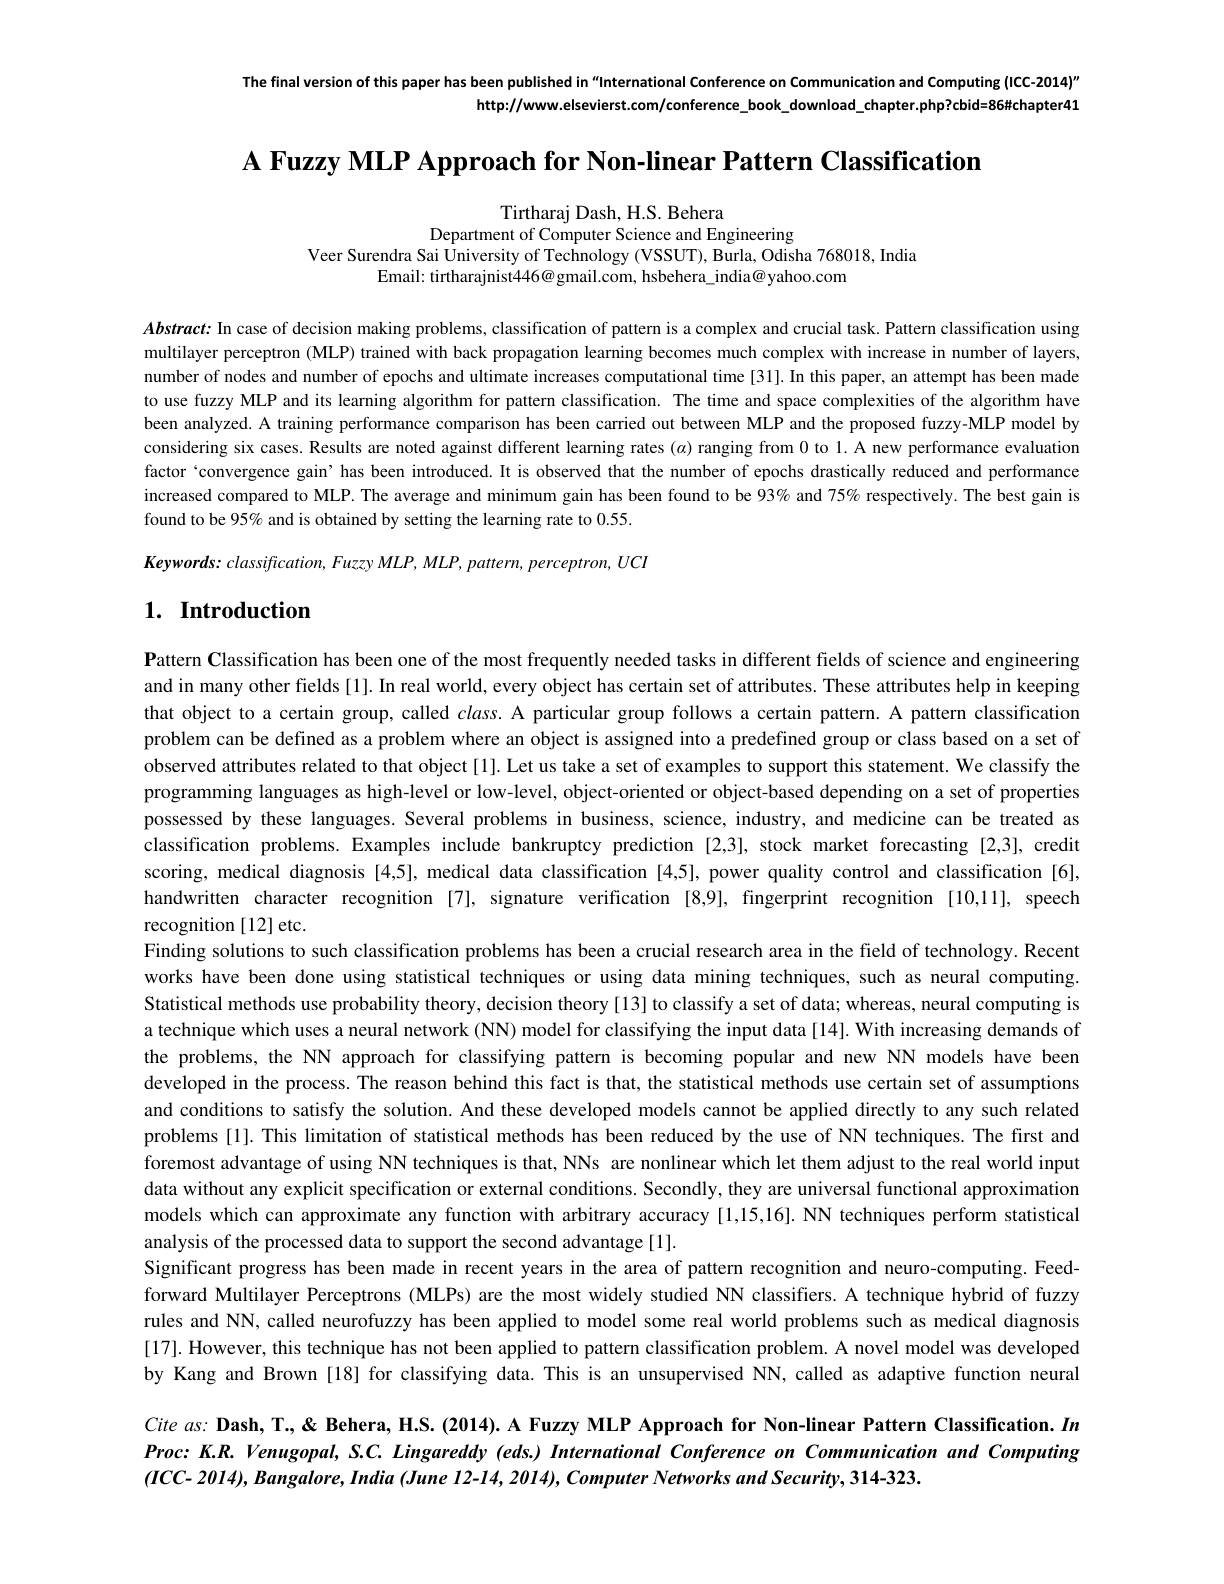
The final version of this paper has been published in"International Conference on Communication and Computing (ICC-2014)"
$http://wwww.elsevierst.com/conference_book_download_chapter.php?cbid=86\#chapter41$

A Fuzzy MLP Approach for Non-linear Pattern Classification

Tirtharaj Dash, H.S. Behera
Department of Computer Science and Engineering

Veer Surendra Sai University of Technology (VSSUT), Burla, Odisha 768018, India
Email: tirtharajnist446@gmail.com, hsbehera\_india@yahoo.com

$Abstract:$ In case of decision making problems, classification of pattern is a complex and crucial task. Pattern classification using multilayer perceptron (MLP) trained with back propagation learning becomes much complex with increase in number of layers, number of nodes and number of epochs and ultimate increases computational time [31]. In this paper, an attempt has been mader of nodes ander of epochs and ultimate increases computational time [31]. In this paper, an attempt has been to use fuzzy MLP and its learning algorithm for pattern classification. The time and space complexities of the algorithm have been analyzed. A training performance comparison has been carried out between MLP and the proposed fuzzy-MLP model by considering six cases. Results are noted against different learning rates ($\alpha$) ranging from 0 to 1. A new performance evaluation factor`convergence gain’has been introduced. It is observed that the number of epochs drastically reduced and performance increased compared to MLP. The average and minimum gain has been found to be 93% and 75% respectively. The best gain is found to be 95% and is obtained by setting the learning rate to 0.55. $Keywords:classification,FuzzyMLP,MLP,pattern,perceptron,UCI$

# 1. Introduction

$\textbf{Pattern Classification has been one of the most frequently needed tasks in different fields of science and engineering}$ and in many other fields [1]. In real world, every object has certain set of attributes. These attributes help in keeping that object to a certain group, called $class.$ A particular group follows a certain pattern. A pattern classification problem can be defined as a problem where an object is assigned into a predefined group or class based on a set of observed attributes related to that object[1]. Let us take a set of examples to support this statement. We classify the programming languages as high-level or low-level, object-oriented or object-based depending on a set of properties possessed by these languages. Several problems in business, science, industry, and medicine can be treated as classification problems. Examples include bankruptcy prediction [2,3], stock market forecasting [2,3], credit scoring, medical diagnosis [4,5], medical data classification [4,5], power quality control and classification [6], handwritten character recognition [7], signature verification [8,9], fingerprint recognition [10,11], speech recognition [12] etc.
Finding solutions to such classification problems has been a crucial research area in the field of technology. Recent works have been done using statistical techniques or using data mining techniques, such as neural computing. Statistical methods use probability theory, decision theory[13] to classify a set of data; whereas, neural computing is a technique which uses a neural network (NN) model for classifying the input data[14]. With increasing demands of the problems, the NN approach for classifying pattern is becoming popular and new NN models have been developed in the process. The reason behind this fact is that, the statistical methods use certain set of assumptions and conditions to satisfy the solution. And these developed models cannot be applied directly to any such related problems [1]. This limitation of statistical methods has been reduced by the use of NN techniques. The first and foremost advantage of using NN techniques is that, NNs are nonlinear which let them adjust to the real world input data without any explicit specification or external conditions. Secondly, they are universal functional approximation models which can approximate any function with arbitrary accuracy [1,15,16]. NN techniques perform statistical analysis of the processed data to support the second advantage[1].
Significant progress has been made in recent years in the area of pattern recognition and neuro-computing. Feedforward Multilayer Perceptrons (MLPs) are the most widely studied NN classifiers. A technique hybrid of fuzzy rules and NN, called neurofuzzy has been applied to model some real world problems such as medical diagnosis [17]. However, this technique has not been applied to pattern classification problem. A novel model was developed by Kang and Brown [18] for classifying data. This is an unsupervised NN, called as adaptive function neural Cite as: Dash, T., < Behera, H.S. (2014). A Fuzzy MLP Approach for Non-linear Pattern Classification. $In$ Proc: K.R. Venugopal, S.C. Lingareddy (eds.) International Conference on Communication and Computing

$(ICC-2014)$, Bangalore, India (June I2-14, 2014), Computer Networks and Security, 314-323.